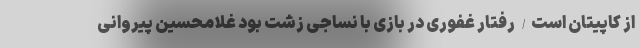
از کاپیتان است/ رفتار غفوری در بازی با نساجی زشت بود غلامحسین پیروانی